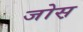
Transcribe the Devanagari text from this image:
जोस़